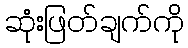
ဆုံးဖြတ်ချက်ကို